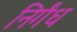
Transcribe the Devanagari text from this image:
निर्गंध